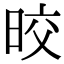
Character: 晈